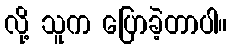
လို့ သူက ပြောခဲ့တာပါ။